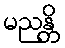
မညန္တိ